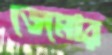
ডেমোর